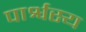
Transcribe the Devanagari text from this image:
पार्श्वस्य